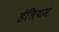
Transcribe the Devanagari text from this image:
ईलियम